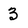
Character: 3